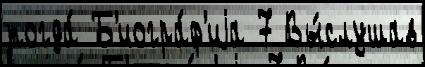
тогда́ Б'иогра́ф'иjа 7 Вы́слушав